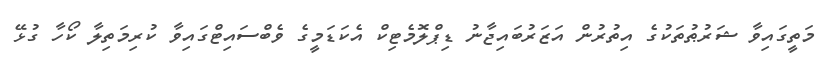
މަތީގައިވާ ޝަރުޠުތަކުގެ އިތުރުން އަޒަރުބައިޖާނު ޑިޕްލޮމެޓިކް އެކަޑަމީގެ ވެބްސައިޓްގައިވާ ކުރިމަތިލާ ކޯހާ ގުޅޭ